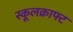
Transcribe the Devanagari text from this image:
स्कूलक्राफ्ट